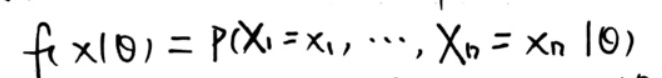
\[
f(\mathbf{x}|\theta)=P(X_1 = x_1,\cdots,X_n = x_n|\theta)
\]